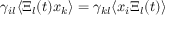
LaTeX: \gamma _ { i l } \langle \Xi _ { l } ( t ) x _ { k } \rangle = \gamma _ { k l } \langle x _ { i } \Xi _ { l } ( t ) \rangle